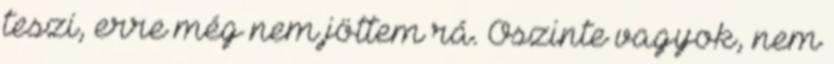
teszi, erre még nem jöttem rá. Őszinte vagyok, nem